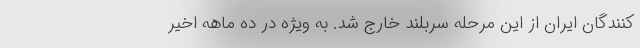
کنندگان ایران از این مرحله سربلند خارج شد. به ویژه در ده ماهه اخیر